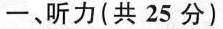
一、听力(共 25 分)